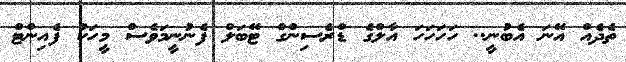
ތެދެއް އޭނަ އެބުނީ.. ހަހަހަހަ އާލްގެ ޑްރެސިންގް ޓޭބަލް ފެނުނީމަވެސް މީހަކު ފެއިންޓް